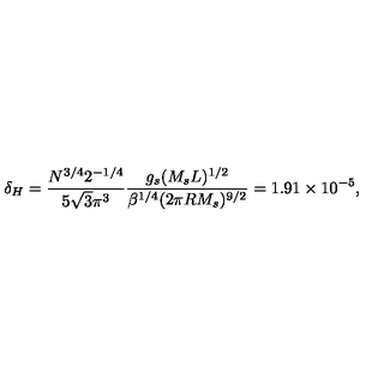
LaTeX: \delta _ { H } = { \frac { N ^ { 3 / 4 } 2 ^ { - 1 / 4 } } { 5 \sqrt 3 \pi ^ { 3 } } } { \frac { g _ { s } ( M _ { s } L ) ^ { 1 / 2 } } { \beta ^ { 1 / 4 } ( 2 \pi R M _ { s } ) ^ { 9 / 2 } } } = 1 . 9 1 \times 1 0 ^ { - 5 } ,